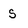
Character: S